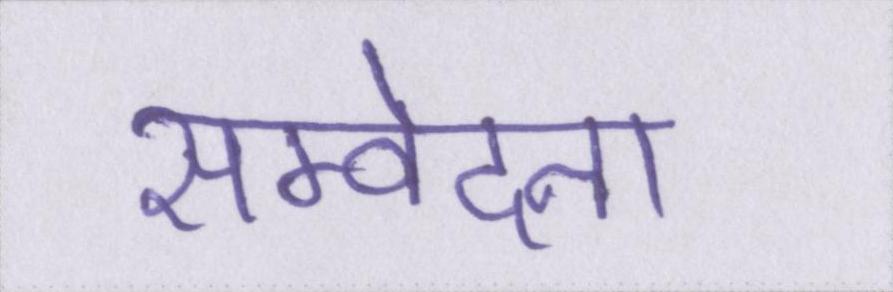
सम्वेदना